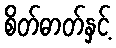
စိတ်ဓာတ်နှင့်